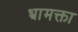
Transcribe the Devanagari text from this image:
भ्रामक्ता